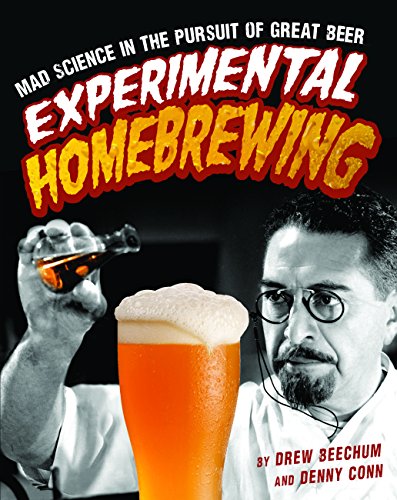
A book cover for Experimental Homebrewing: Mad Science in the Pursuit of Great Beer; Drew Beechum; Cookbooks, Food & Wine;